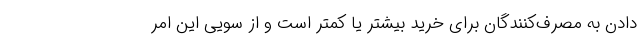
دادن به مصرف‌کنندگان برای خرید بیشتر یا کمتر است و از سویی این امر